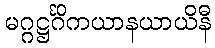
မဂ္ဂဋ္ဌင်္ဂိကယာနယာယိနီ